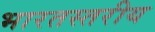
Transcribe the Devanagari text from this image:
भारतस्तरीय